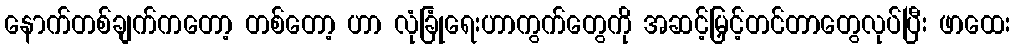
နောက်တစ်ချက်ကတော့ တစ်တော့ ဟာ လုံခြုံရေးဟာကွက်တွေကို အဆင့်မြှင့်တင်တာတွေလုပ်ပြီး ဖာထေး